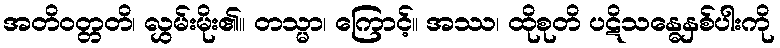
အတိဝတ္တတိ၊ လွှမ်းမိုး၏။ တသ္မာ၊ ကြောင့်။ အဿ၊ ထိုစုတိ ပဋိသန္ဓေနှစ်ပါးကို